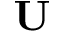
\bf U